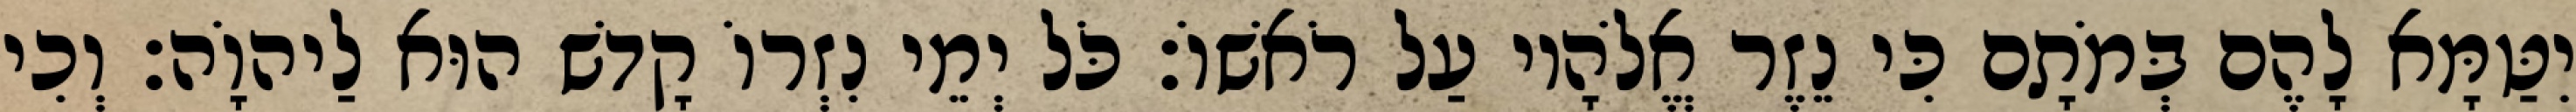
יִטַּמָּא לָהֶם בְּמֹתָם כִּי נֵזֶר אֱלֹהָיו עַל רֹאשׁוֹ׃ כֹּל יְמֵי נִזְרוֹ קָדשׁ הוּא לַיהוָֹה׃ וְכִי